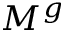
M ^ { g }